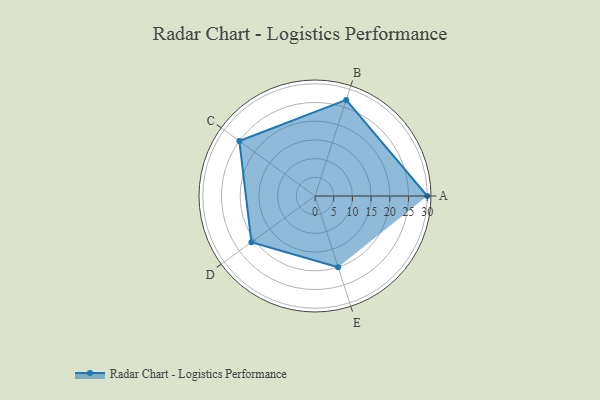
{"axis": {"x": "Skill", "y": "Score"}, "legend": ["Profile"], "data": [{"x": "A", "y": 30.0, "type": "Profile"}, {"x": "B", "y": 27.0, "type": "Profile"}, {"x": "C", "y": 25.0, "type": "Profile"}, {"x": "D", "y": 21.0, "type": "Profile"}, {"x": "E", "y": 20, "type": "Profile"}]}